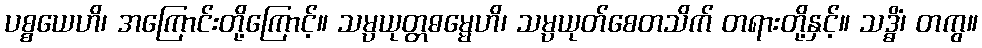
ပစ္စယေဟိ၊ အကြောင်းတို့ကြောင့်။ သမ္ပယုတ္တဓမ္မေဟိ၊ သမ္ပယုတ်စေတသိက် တရားတို့နှင့်။ သဒ္ဓိံ၊ တကွ။